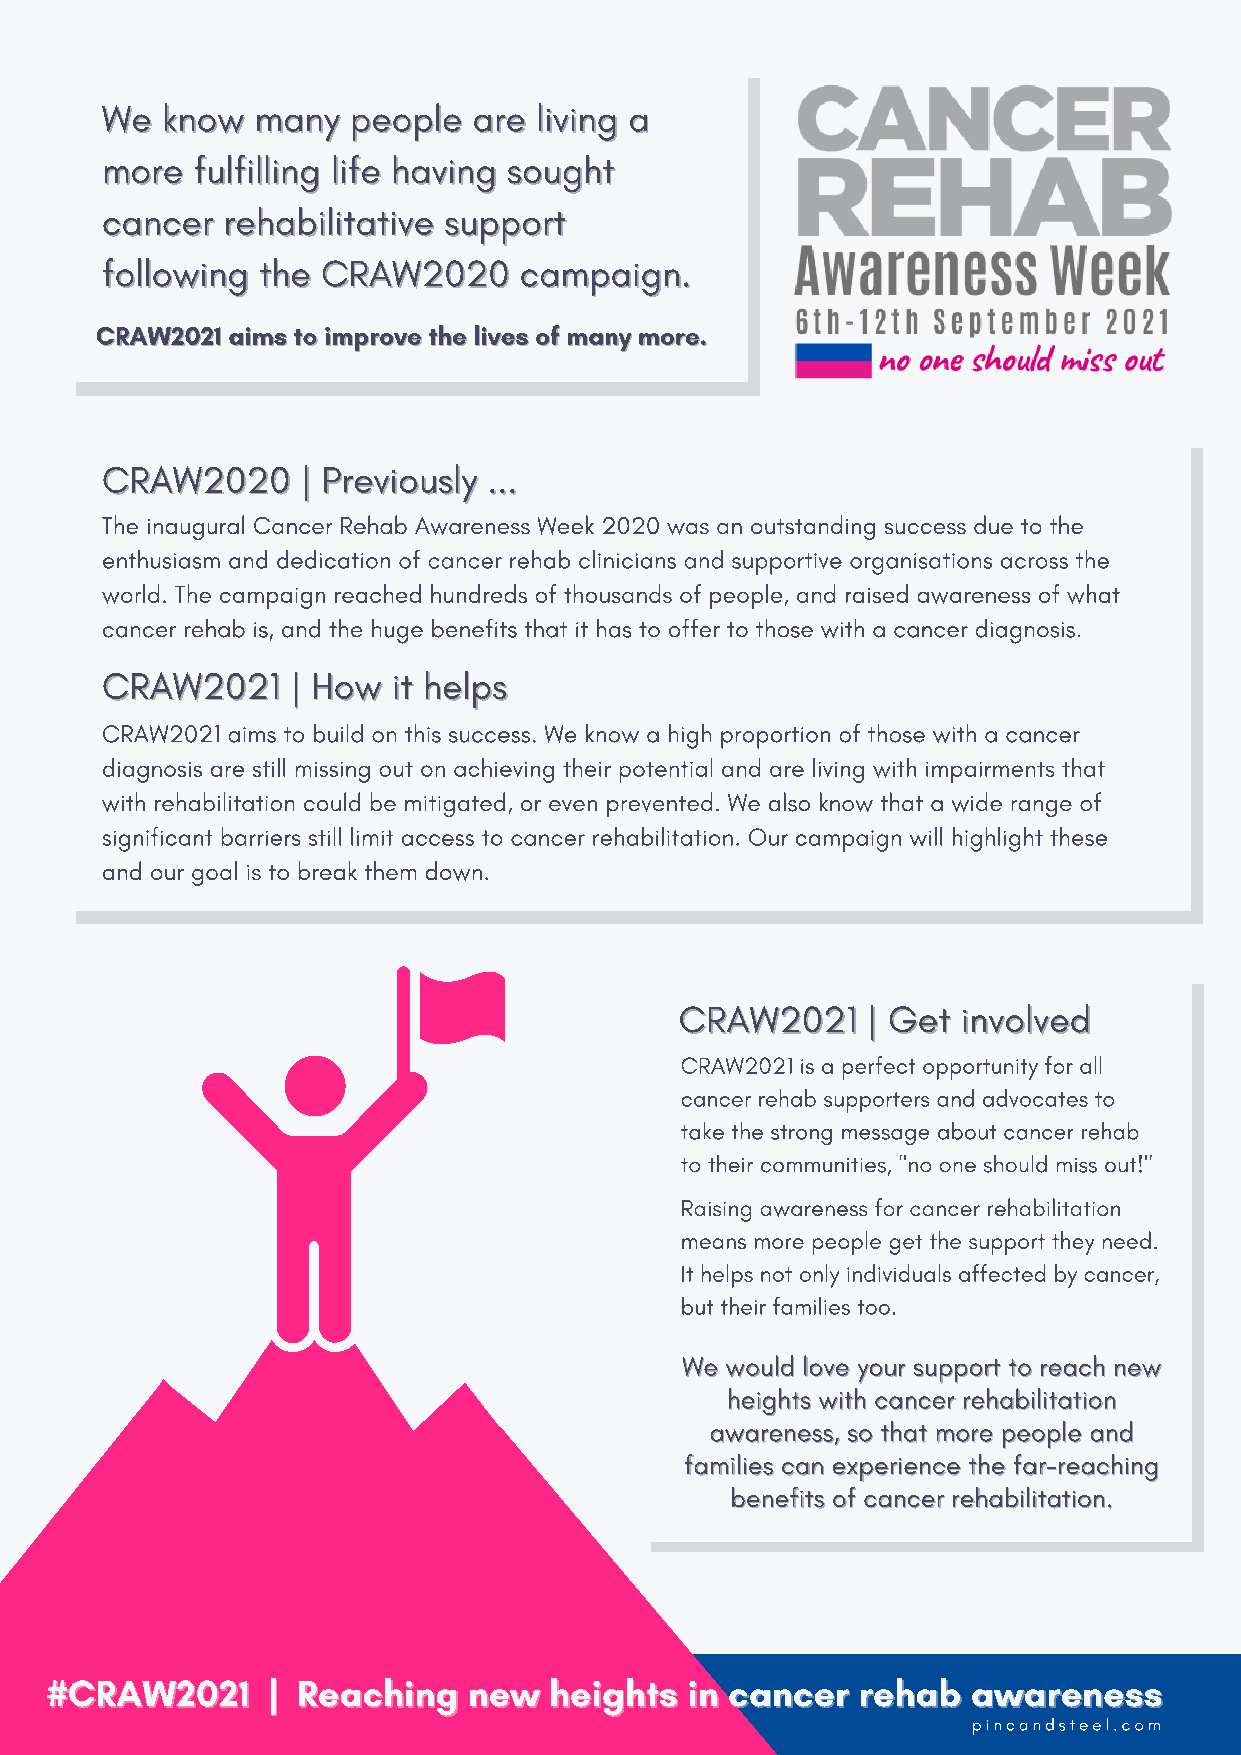
WWee kknnooww mmaannyy ppeeooppllee aarree lliivviinngg aa
 mmoorree ffuullffiilllliinngg lliiffee hhaavviinngg ssoouugghhtt
 ccaanncceerr rreehhaabbiilliittaattiivvee ssuuppppoorrtt
 ffoolllloowwiinngg tthhee CCRRAAWW22002200 ccaammppaaiiggnn..
 CCRRAAWW22002211 aaiimmss ttoo iimmpprroovvee tthhee lliivveess ooff mmaannyy mmoorree..
 CCRRAAWW22002200 || PPrreevviioouussllyy ......
 The inaugural Cancer Rehab Awareness Week 2020 was an outstanding success due to the
 enthusiasm and dedication of cancer rehab clinicians and supportive organisations across the
 world. The campaign reached hundreds of thousands of people, and raised awareness of what
 cancer rehab is, and the huge benefits that it has to offer to those with a cancer diagnosis.
 CCRRAAWW22002211 || HHooww iitt hheellppss
 CRAW2021 aims to build on this success. We know a high proportion of those with a cancer
 diagnosis are still missing out on achieving their potential and are living with impairments that
 with rehabilitation could be mitigated, or even prevented. We also know that a wide range of
 significant barriers still limit access to cancer rehabilitation. Our campaign will highlight these
 and our goal is to break them down.
 CCRRAAWW22002211 || GGeett iinnvvoollvveedd
 CRAW2021 is a perfect opportunity for all
 cancer rehab supporters and advocates to
 take the strong message about cancer rehab
 to their communities, "no one should miss out!"
 Raising awareness for cancer rehabilitation
 means more people get the support they need.
 It helps not only individuals affected by cancer,
 but their families too.
 WWee wwoouulldd lloovvee yyoouurr ssuuppppoorrtt ttoo rreeaacchh nneeww
 hheeiigghhttss wwiitthh ccaanncceerr rreehhaabbiilliittaattiioonn
 aawwaarreenneessss,, ssoo tthhaatt mmoorree ppeeooppllee aanndd
 ffaammiilliieess ccaann eexxppeerriieennccee tthhee ffaarr--rreeaacchhiinngg
 bbeenneeffiittss ooff ccaanncceerr rreehhaabbiilliittaattiioonn..
 ##CCRRAAWW22002211 || RReeaacchhiinngg nneeww hheeiigghhttss iinn ccaanncceerr rreehhaabb aawwaarreenneessss
 pincandsteel.com